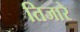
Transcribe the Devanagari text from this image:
तिजारे